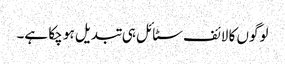
لوگوں کا لائف سٹائل ہی تبدیل ہو چکا ہے۔